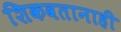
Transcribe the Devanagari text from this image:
शिकवतानाही